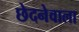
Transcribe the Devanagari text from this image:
छेदनेवाला